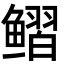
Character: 鳛